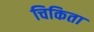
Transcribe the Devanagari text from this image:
चिकिता